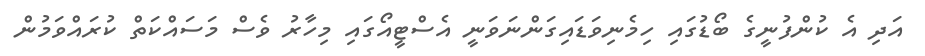
އަދި އެ ކުންފުނީގެ ބޯޑުގައި ހިމެނިވަޑައިގަންނަވަނީ އެސްޓީއޯގައި މިހާރު ވެސް މަސައްކަތް ކުރައްވަމުން